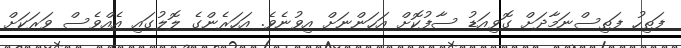
ފަތިހު ފަތިސްނަމާދަށް ގޮވިއަޑު ސާފުކޮށް އަހަންނަށް އިވުނެވެ. އަހަރެންގެ ލޮލުގައި އެއްވެސް ވަރަކަށް